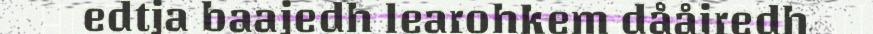
edtja baajedh learohkem dååjredh